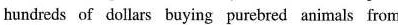
hundreds of dollars buying purebred animals from